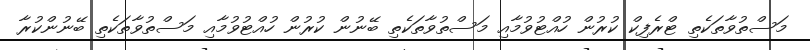
މަސްތުވާތަކެތި ޓްރެފިކް ކުރުން ހުއްޓުވުމާއި މަސްތުވާތަކެތި ބޭނުން ކުރުން ހުއްޓުވުމާއި މަސްތުވާތަކެތި ބޭނުންކުރާ